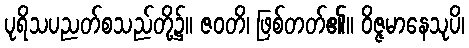
ပုရိသပညတ်စသည်တို့၌။ ဇဝတိ၊ ဖြစ်တတ်၏။ ဝိဇ္ဇမာနေသုပိ၊